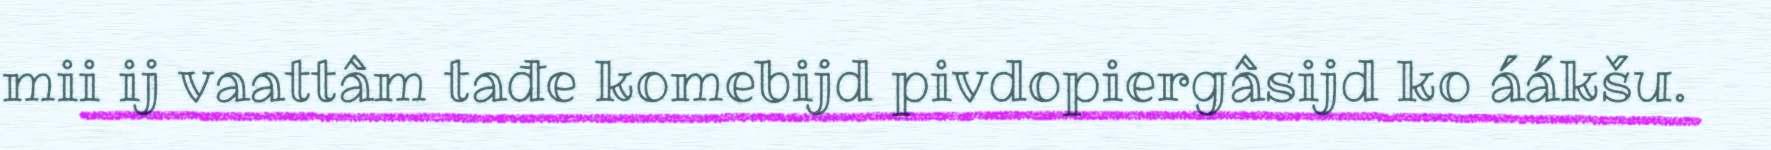
mii ij vaattâm tađe komebijd pivdopiergâsijd ko áákšu.